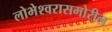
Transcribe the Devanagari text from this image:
लोभेश्‍वरासमोरील